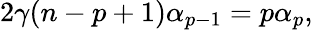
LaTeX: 2\gamma(n-p+1)\alpha_{p-1}=p\alpha_{p},